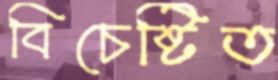
বিচেষ্টিত